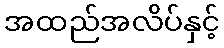
အထည်အလိပ်နှင့်